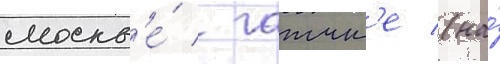
москв'е́ / гатчин'е (на́